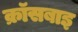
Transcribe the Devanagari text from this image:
क्रॉसबाइ